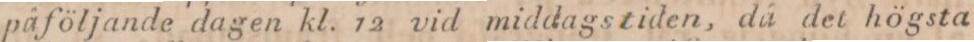
påföljande dagen kl. 12 vid middagstiden, då det högsta